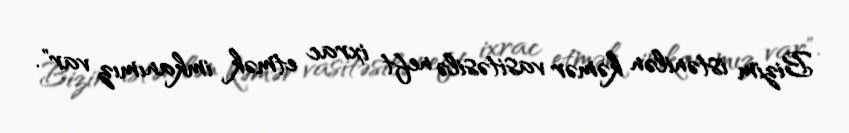
Bizim istənilən kəmər vasitəsilə neft ixrac etmək imkanımız var".